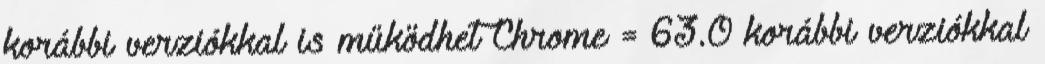
korábbi verziókkal is működhet Chrome = 63.0 korábbi verziókkal